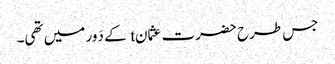
جس طرح حضرت عثمانt کے دَور میں تھی۔